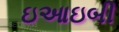
ઇઆઇબી